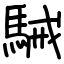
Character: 駴